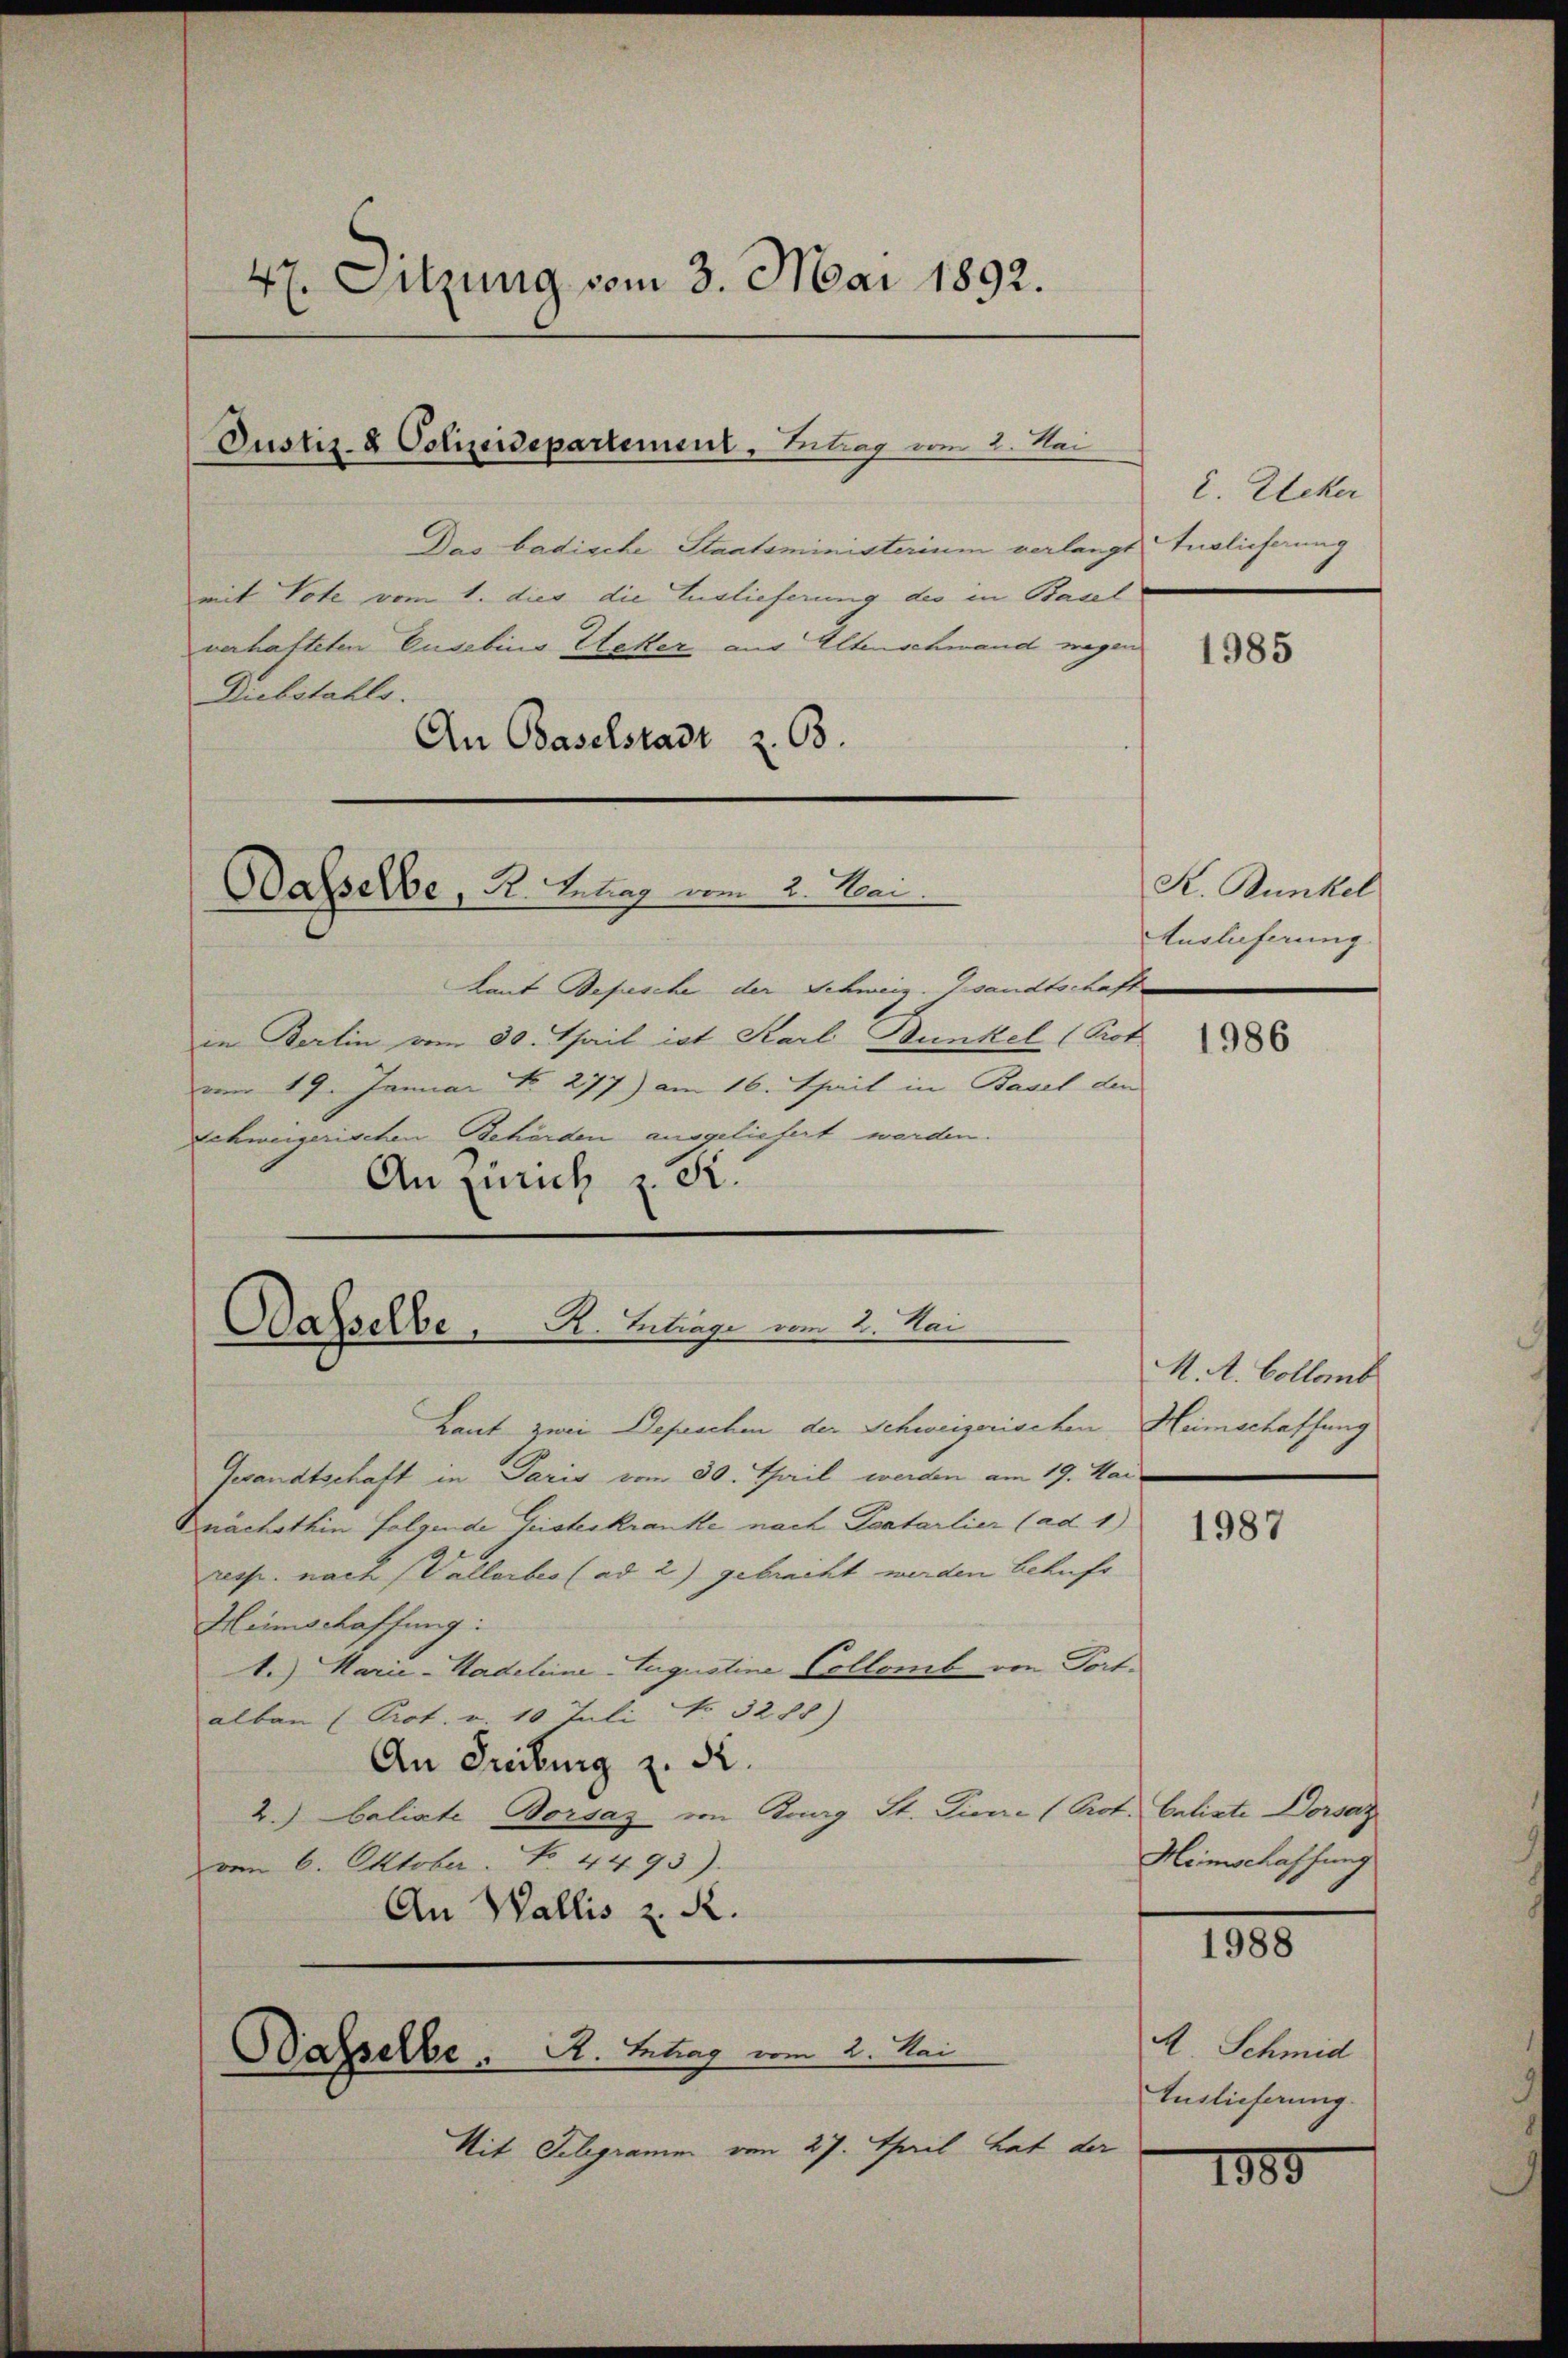
47. Sitzung vom 3. Mai 1892.

Justiz- & Polizeidepartement, Antrag vom 2. Nei

Das badische Staatsministerium verlangt Auslieferung
mit Vote vom 1. dies die Auslieferung des in Basel
verhafteten Eusebins Acker aus Altenschwand wegen
Diebstahls.
An Baselstadt Z. 68.

Oasselbe, R. Tetrag vom 2. Sei

Laut Depesche der Schweiz. Gesandtschaft
in Berlin vom 30. April ist Karl Bunkel (Prot
vom 19. Januar No. 277) am 16. Teil in Basel den
Schweizerischen Behörden ausgeliefert werden.
An Zürich z. R.

Dasselbe,      K. Betrage vom 2. Mai

Laut zwei Depeschen der Schweizerischen Heimschaffung
Gesandtschaft in Paris vom 30. Thail werden am 19. Mai
Knächsthin folgende Geisteskranke nach Pantarlier (ad 1)
resp. nach (Vallerbes (ad 2.) gebracht werden behufs
Heimschaffung:
t.) Marie-Hadeleine Augustine Collomb von Fort-
alben (Prot. v. 10 Juli No 3288)
An Freiburg z. R.
2.) beliate Dorsaz von Burg St. Diene (Prot. Caliste Dorsaz
vom 6. Oktober. No. 4493).
An Wallis z. R.

Dasselbe   A. Betrag vom 2. Sei

Mit Schgramm vom 27. April hat der

2. Ecker

1985

K. Bunkel
Auslieferung

1986

M. A. Collenb

1987

Heimschlassung

1988

A. Schmid
Euslieferung.

1885